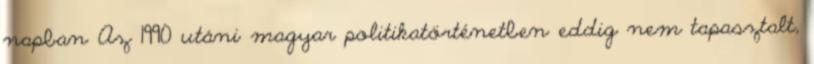
napban Az 1990 utáni magyar politikatörténetben eddig nem tapasztalt,